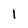
Character: 1